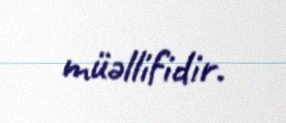
müəllifidir.